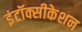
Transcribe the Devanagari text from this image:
इंटॉक्सीकेशन